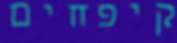
קיפחים